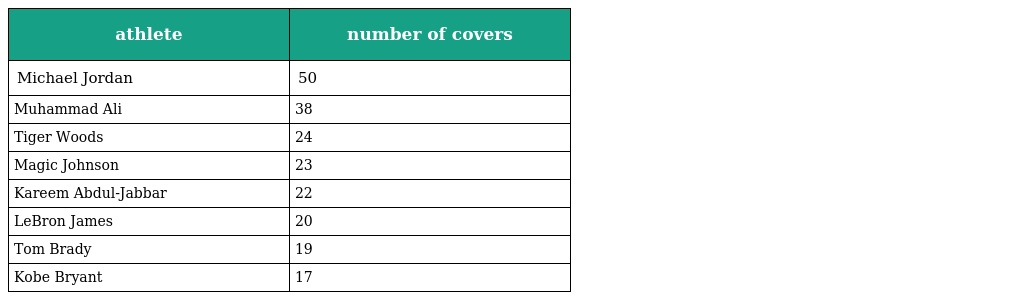
| athlete | number of covers |
 | --- | --- |
 | Michael Jordan | 50 |
 | Muhammad Ali | 38 |
 | Tiger Woods | 24 |
 | Magic Johnson | 23 |
 | Kareem Abdul-Jabbar | 22 |
 | LeBron James | 20 |
 | Tom Brady | 19 |
 | Kobe Bryant | 17 |